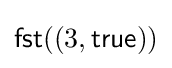
{\mathsf {fst}}((3,{\mathsf {true}}))